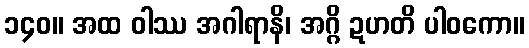
၁၄၀။ အထ ဝါဿ အဂါရာနိ၊ အဂ္ဂိ ဍဟတိ ပါဝကော။